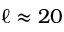
\ell \approx 2 0